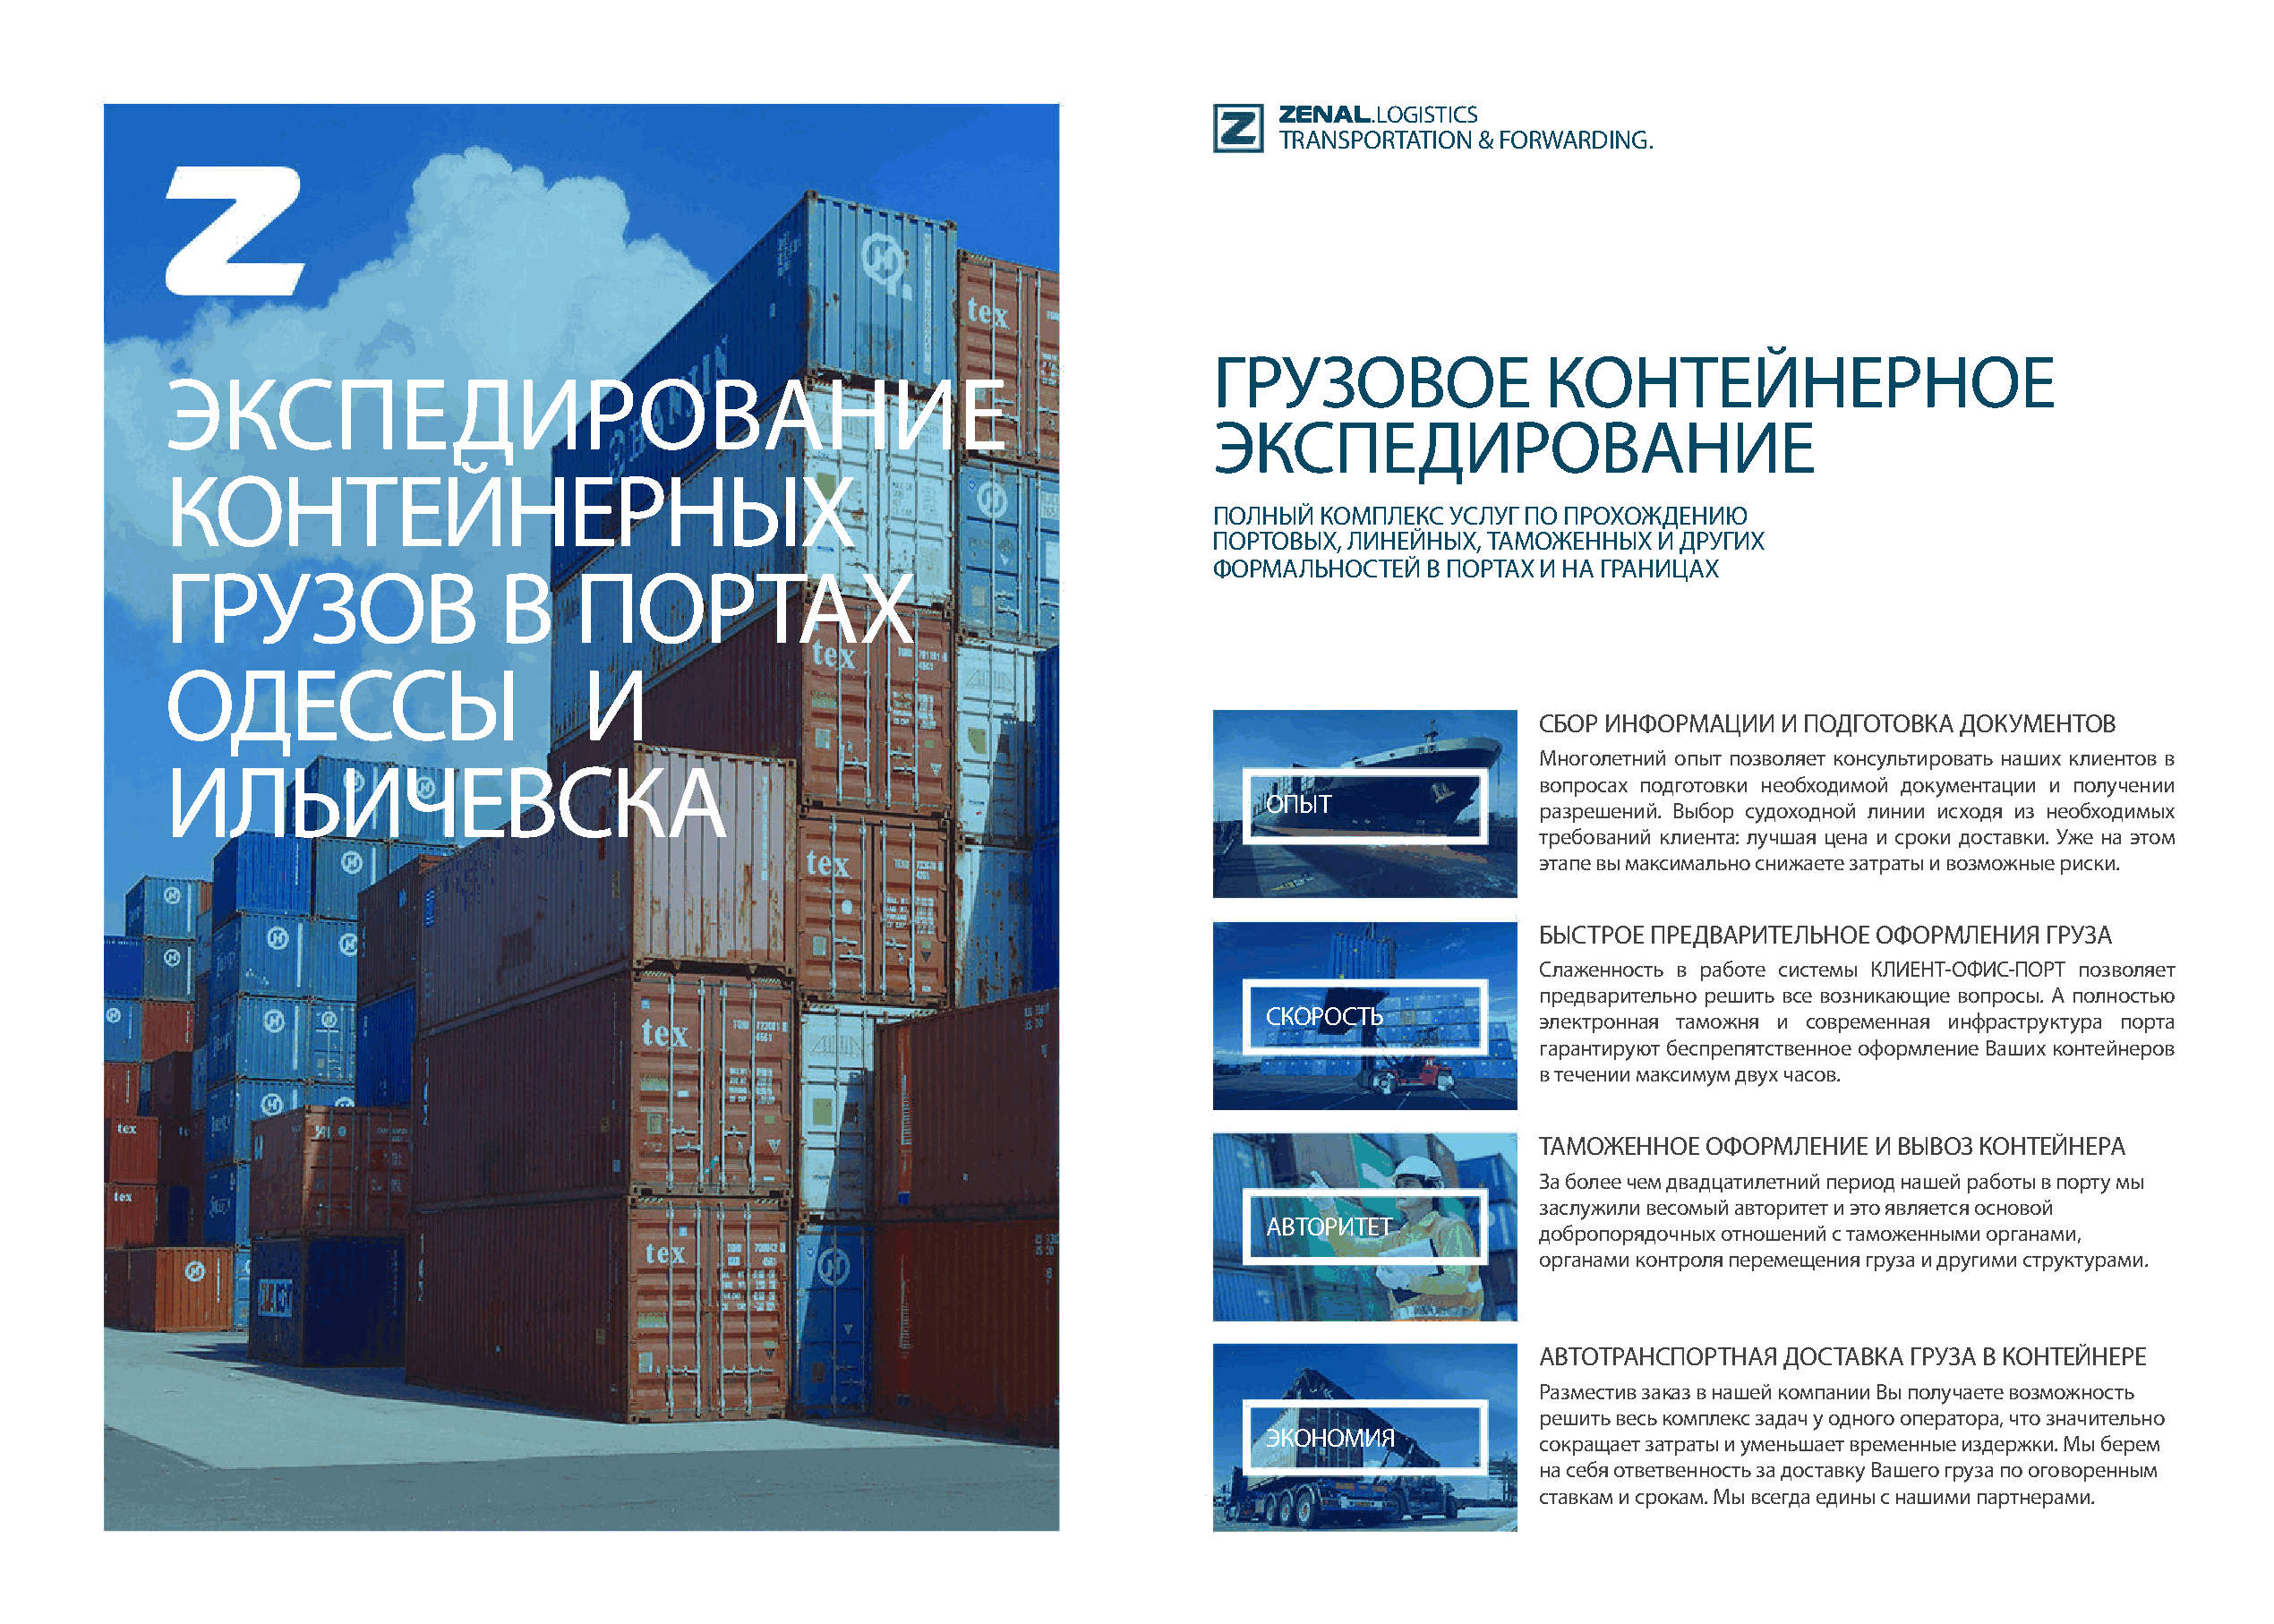
ZENAL.LOGISTICS
 TRANSPORTATION & FORWARDING.
 ГРУЗОВОЕ                КОНТЕЙНЕРНОЕ
 ЭКСПЕДИРОВАНИЕ
 ЭКСПЕДИРОВАНИЕ
 КОНТЕЙНЕРНЫХ
 ПОЛНЫЙ  КОМПЛЕКС УСЛУГ ПО ПРОХОЖДЕНИЮ
 ПОРТОВЫХ, ЛИНЕЙНЫХ, ТАМОЖЕННЫХ   И ДРУГИХ
 ФОРМАЛЬНОСТЕЙ  В ПОРТАХ И НА ГРАНИЦАХ
 ГРУЗОВ                   В    ПОРТАХ
 ОДЕССЫ                         И
 СБОР ИНФОРМАЦИИ   И ПОДГОТОВКА ДОКУМЕНТОВ
 Многолетний опыт позволяет консультировать наших клиентов в
 ИЛЬИЧЕВСКА
 вопросах подготовки необходимой документации и получении
 ОПЫТ
 разрешений. Выбор судоходной линии исходя из необходимых
 требований клиента: лучшая цена и сроки доставки. Уже на этом
 этапе вы максимально снижаете затраты и возможные риски.
 БЫСТРОЕ ПРЕДВАРИТЕЛЬНОЕ  ОФОРМЛЕНИЯ  ГРУЗА
 Слаженность в работе системы КЛИЕНТ-ОФИС-ПОРТ позволяет
 предварительно решить все возникающие вопросы. А полностью
 СКОРОСТЬ
 электронная таможня и современная инфраструктура порта
 гарантируют беспрепятственное оформление Ваших контейнеров
 в течении максимум двух часов.
 ТАМОЖЕННОЕ  ОФОРМЛЕНИЕ   И ВЫВОЗ КОНТЕЙНЕРА
 За более чем двадцатилетний период нашей работы в порту мы
 заслужили весомый авторитет и это является основой
 АВТОРИТЕТ
 добропорядочных отношений с таможенными органами,
 органами контроля перемещения груза и другими структурами.
 АВТОТРАНСПОРТНАЯ  ДОСТАВКА ГРУЗА В КОНТЕЙНЕРЕ
 Разместив заказ в нашей компании Вы получаете возможность
 решить весь комплекс задач у одного оператора, что значительно
 ЭКОНОМИЯ
 сокращает затраты и уменьшает временные издержки. Мы берем
 на себя ответвенность за доставку Вашего груза по оговоренным
 ставкам и срокам. Мы всегда едины с нашими партнерами.